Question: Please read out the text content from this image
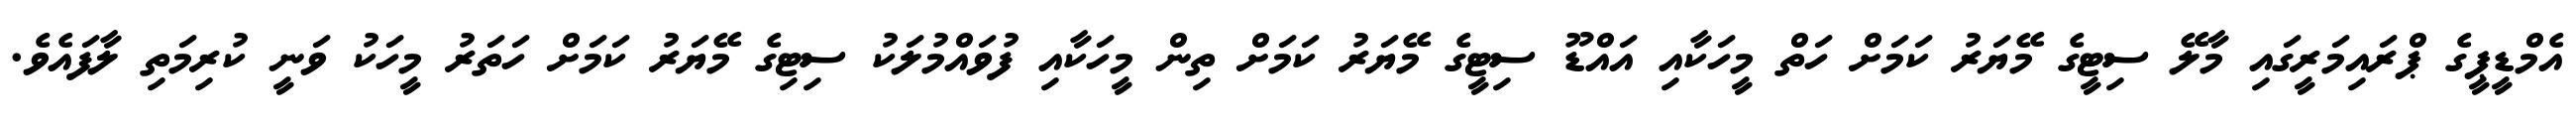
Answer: އެމްޑީޕީގެ ޕްރައިމަރީގައި މާލޭ ސިޓީގެ މޭޔަރު ކަމަށް ހަތް މީހަކާއި އައްޑޫ ސިޓީގެ މޭޔަރު ކަމަށް ތިން މީހަކާއި ފުވައްމުލަކު ސިޓިގެ މޭޔަރު ކަމަށް ހަތަރު މީހަކު ވަނީ ކުރިމަތި ލާފައެވެ.